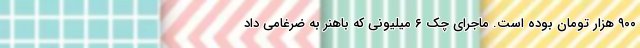
۹۰۰ هزار تومان بوده است. ماجرای چک ۶ میلیونی که باهنر به ضرغامی داد